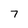
Character: 7